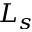
L _ { s }